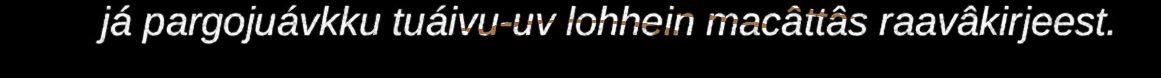
já pargojuávkku tuáivu-uv lohhein macâttâs raavâkirjeest.